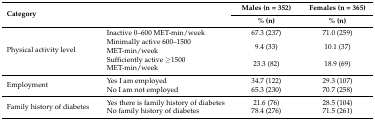
| <ROWSPAN=2-COLSPAN=2> Category | Males (n = 352) | Females (n = 365) |
 | % (n) | % (n) |
 | --- | --- | --- | --- |
 | <ROWSPAN=3> Physical activity level | Inactive 0–600 MET-min/week | 67.3 (237) | 71.0 (259) |
 | Minimally active 600–1500 MET-min/week | 9.4 (33) | 10.1 (37) |
 | Sufficiently active ≥1500 MET-min/week | 23.3 (82) | 18.9 (69) |
 | <ROWSPAN=2> Employment | Yes I am employed | 34.7 (122) | 29.3 (107) |
 | No I am not employed | 65.3 (230) | 70.7 (258) |
 | <ROWSPAN=2> Family history of diabetes | Yes there is family history of diabetes | 21.6 (76) | 28.5 (104) |
 | No family history of diabetes | 78.4 (276) | 71.5 (261) |